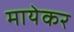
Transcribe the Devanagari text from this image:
मायेकर